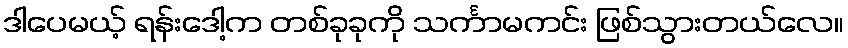
ဒါပေမယ့် ရန်းဒေါ့က တစ်ခုခုကို သင်္ကာမကင်း ဖြစ်သွားတယ်လေ။